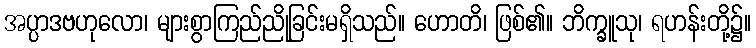
အပ္ပာဒဗဟုလော၊ များစွာကြည်ညိုခြင်းမရှိသည်။ ဟောတိ၊ ဖြစ်၏။ ဘိက္ခူသု၊ ရဟန်းတို့၌။